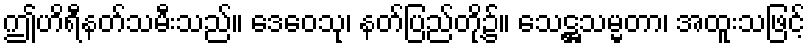
ဤဟိရီနတ်သမီးသည်။ ဒေဝေသု၊ နတ်ပြည်တို့၌။ သေဋ္ဌသမ္မတာ၊ အထူးသဖြင့်